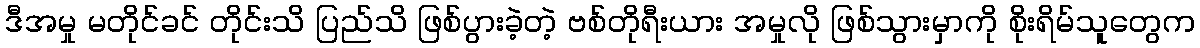
ဒီအမှု မတိုင်ခင် တိုင်းသိ ပြည်သိ ဖြစ်ပွားခဲ့တဲ့ ဗစ်တိုရီးယား အမှုလို ဖြစ်သွားမှာကို စိုးရိမ်သူတွေက